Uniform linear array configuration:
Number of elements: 32
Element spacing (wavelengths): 0.75
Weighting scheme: binomial
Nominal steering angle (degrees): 15
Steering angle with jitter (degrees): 14.367
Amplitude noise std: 0.05
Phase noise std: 0.05

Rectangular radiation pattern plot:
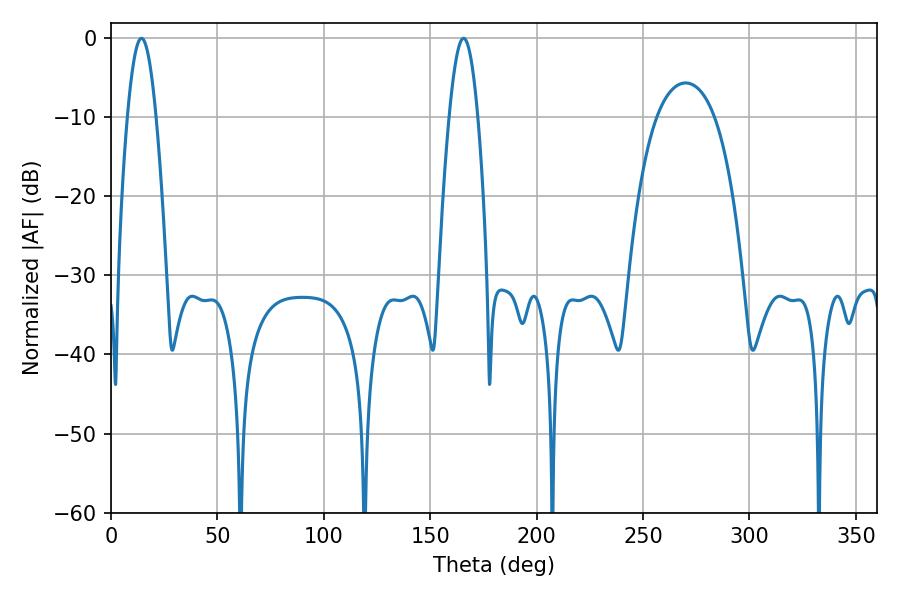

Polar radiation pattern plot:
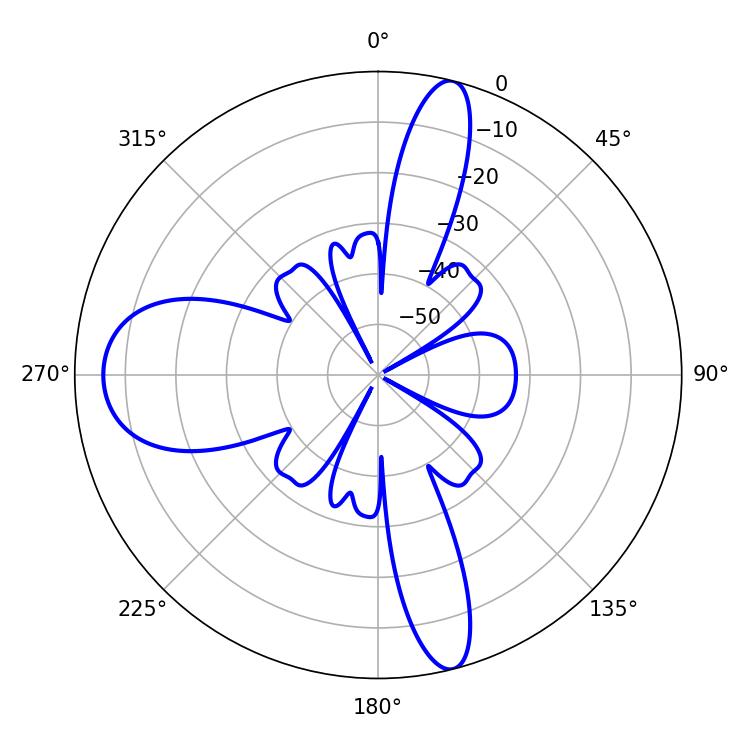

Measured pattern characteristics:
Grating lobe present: TRUE
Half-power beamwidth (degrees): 7.38
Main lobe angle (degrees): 14.4